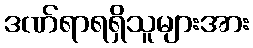
ဒဏ်ရာရရှိသူများအား